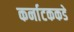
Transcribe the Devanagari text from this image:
कर्नाटककडे